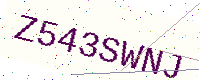
Text: Z543SWNJ